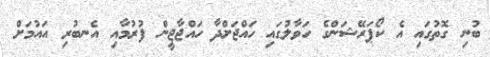
ބުނި ގޮތުގައި އެ ކޯޕަރޭޝަންގެ ހަވާލުގައި ހައްޖަށްދާ ހައްޖާޖީން ފުރުމާއި އެނބުރި އައުމަށް